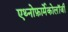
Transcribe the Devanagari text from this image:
एथ्नोफ़ार्मेकोलॉजी